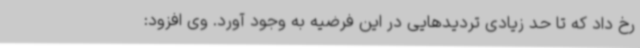
رخ داد که تا حد زیادی تردیدهایی در این فرضیه به وجود آورد. وی افزود: